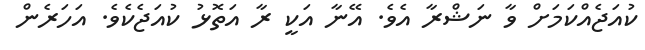
ކުއަޖެއްކަމަށް ވާ ނަޝްރާ އެވެ. އޭނާ އަކީ ރާ އަތޮޅު ކުއަޖެކެވެ. އަހަރެން